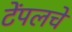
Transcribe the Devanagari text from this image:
टेंपलचे